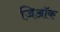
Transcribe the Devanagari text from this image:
जिऑक